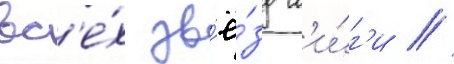
вс'е́х зв'ё́зд л'и́г'и //